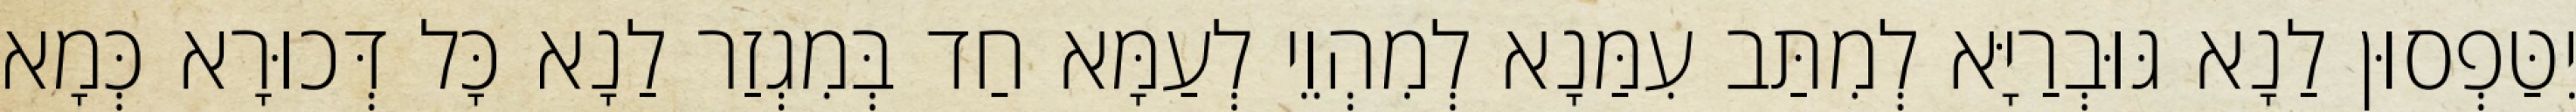
יִטַּפְסוּן לַנָא גּוּבְרַיָּא לְמִתַּב עִמַּנָא לְמִהְוֵי לְעַמָּא חַד בְּמִגְזַר לַנָא כָּל דְּכוּרָא כְּמָא